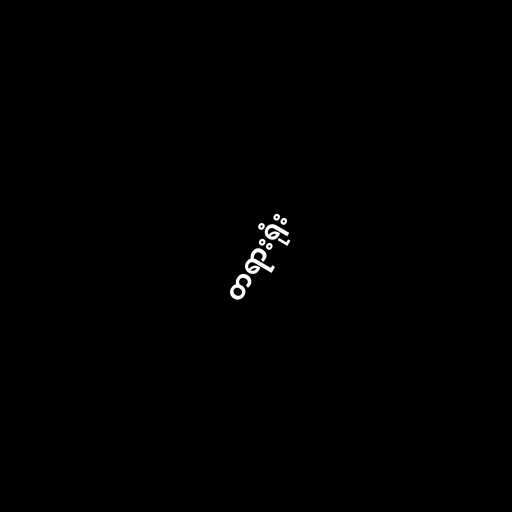
တရားရုံး